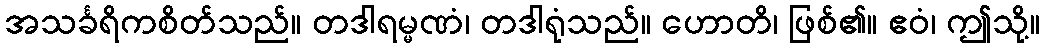
အသင်္ခရိကစိတ်သည်။ တဒါရမ္မဏံ၊ တဒါရုံသည်။ ဟောတိ၊ ဖြစ်၏။ ဧဝံ၊ ဤသို့။